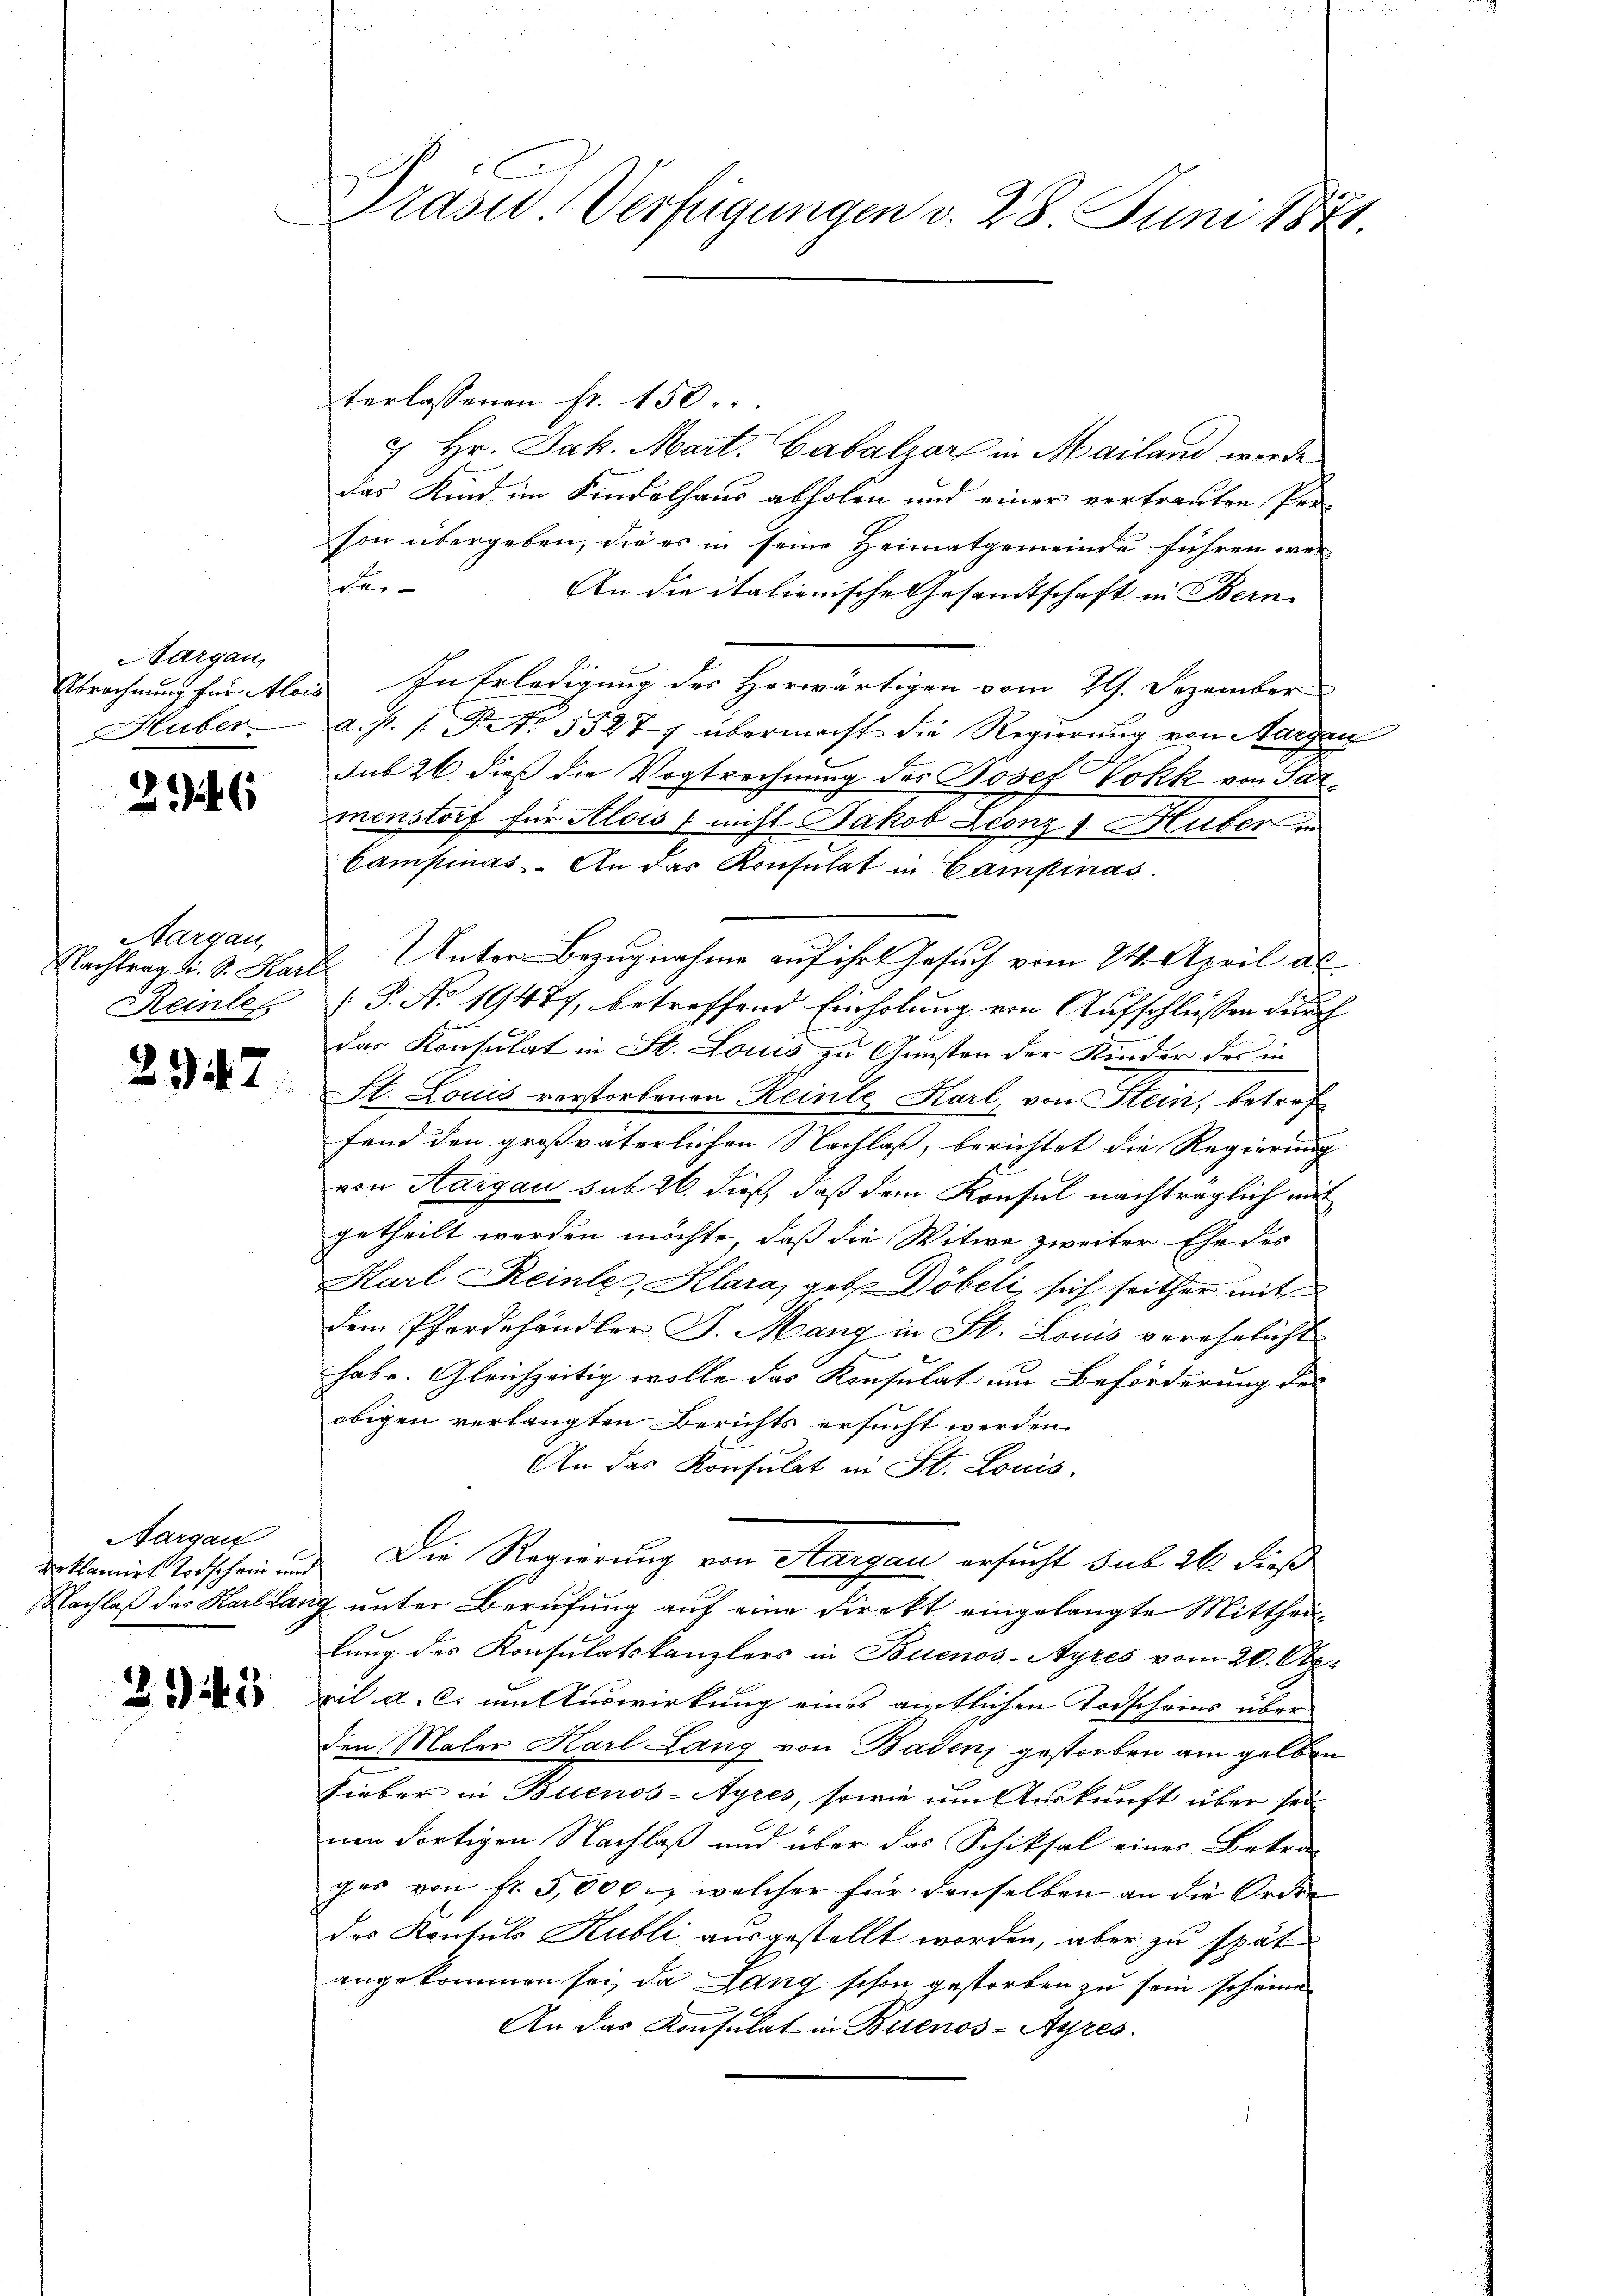
Aargau,

246

Aargau
Reinles

2947.

Aargau
reklamirt Todschein und
Nachlaß des Karl Lan

2345

Prasis Verfügungen d. 28 Juni 1871.

terlassenen fr. 150.
7 Hr. Jak. Mart. Gabalzer in Mailand werde
das Kind im Kindelhaus abholen und einer vertrauten Per-
son übergeben, die es in seine Heimatgemeinde führen wer
solu
An die italionische Gesandtschaft in Bern
Abrechnung für Alois. In Erledigung des Herwärtigen vom 29. Dezember
Huber a. p. 1. P. Nr. 55277 übermacht die Regierung von Aargen
sub 26. dieß die Vogtrechnung des Josef Volk von Parmenstorf für Alois / nicht Jakob Leonz Huber in
Campinas. An das Konsulat in Campinas.
Nachtrag d. d. Harz Unter-Bezugnahme auf ihr Gesuch vom 24. April al
(P. No 19477, betreffend Einholung von Aufschliessen durch
das Konsulat in St. Louis zu Gunsten der Kinder des in
St. Louis verstorbenen Reinte Karl, von Stein, betref
fand den großväterlichen Nachlaß, berichtet die Regierung
von Aargau sub 26. dieß, daß dem Konsul nachträglich mit
getheilt werden möchte, daß die Witwe zweiter Ehe des
Karl Reinle, Klara, geb. Döbeli sich seither mit
dem Pferdehändler J. Mang in St. Louis verehelicht
habe. Gleichzeitig wolle das Konsulat um Beförderung des
obigen verlangten Berichts ersucht werden.
An das Konsulat in St. Louis,
 Die Regierung von Sargau, ersucht sub 26 dieß
 unter Berufung auf eine Direkt eingelangte Mittheil
lung des Konsulatskanzlers in Buenos-Ayres vom 20. April a. c. um Auswirkung eines amtlichen Todscheins über
den Maler Karl Lang von Badenz gestorben am gelben
Lieber in Buenos-Ayres, sowie um Auskunft über sei
nen dortigen Nachlaß und über das Schiksal eines Betrages von fr. 5000. welcher für denselben an die Ordne
des Konsuls Kubli ausgestellt worden, aber zu spät
angekommen sei, da Lang schon gestorben zu sein scheine
An das Konsulat in Buenos-Ayres.